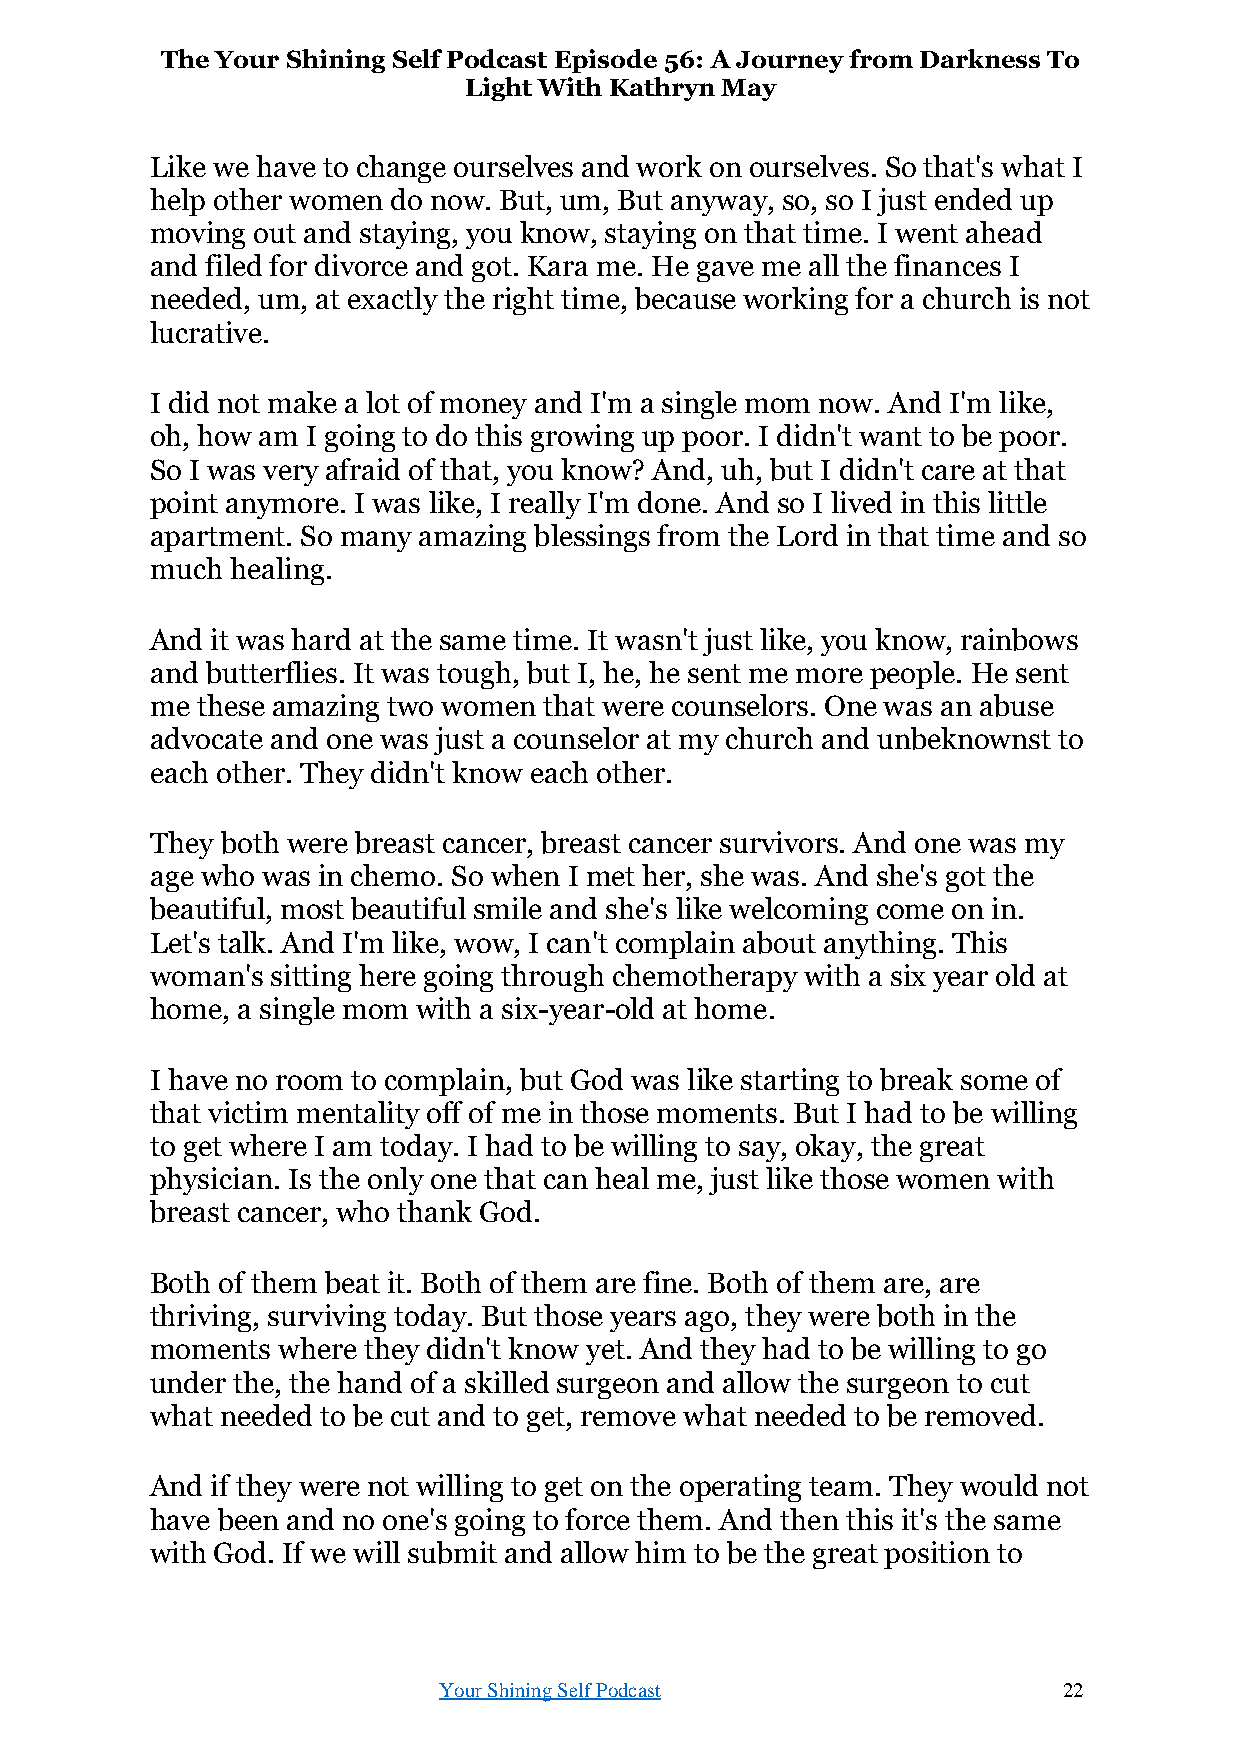
The Your Shining Self Podcast Episode 56: A Journey from Darkness To
 Light With Kathryn May
 Like we have to change ourselves and work on ourselves. So that's what I
 help other women do now. But, um, But anyway, so, so I just ended up
 moving out and staying, you know, staying on that time. I went ahead
 and filed for divorce and got. Kara me. He gave me all the finances I
 needed, um, at exactly the right time, because working for a church is not
 lucrative.
 I did not make a lot of money and I'm a single mom now. And I'm like,
 oh, how am I going to do this growing up poor. I didn't want to be poor.
 So I was very afraid of that, you know? And, uh, but I didn't care at that
 point anymore. I was like, I really I'm done. And so I lived in this little
 apartment. So many amazing blessings from the Lord in that time and so
 much healing.
 And it was hard at the same time. It wasn't just like, you know, rainbows
 and butterflies. It was tough, but I, he, he sent me more people. He sent
 me these amazing two women that were counselors. One was an abuse
 advocate and one was just a counselor at my church and unbeknownst to
 each other. They didn't know each other.
 They both were breast cancer, breast cancer survivors. And one was my
 age who was in chemo. So when I met her, she was. And she's got the
 beautiful, most beautiful smile and she's like welcoming come on in.
 Let's talk. And I'm like, wow, I can't complain about anything. This
 woman's sitting here going through chemotherapy with a six year old at
 home, a single mom with a six-year-old at home.
 I have no room to complain, but God was like starting to break some of
 that victim mentality off of me in those moments. But I had to be willing
 to get where I am today. I had to be willing to say, okay, the great
 physician. Is the only one that can heal me, just like those women with
 breast cancer, who thank God.
 Both of them beat it. Both of them are fine. Both of them are, are
 thriving, surviving today. But those years ago, they were both in the
 moments where they didn't know yet. And they had to be willing to go
 under the, the hand of a skilled surgeon and allow the surgeon to cut
 what needed to be cut and to get, remove what needed to be removed.
 And if they were not willing to get on the operating team. They would not
 have been and no one's going to force them. And then this it's the same
 with God. If we will submit and allow him to be the great position to
 Your Shining Self Podcast                22